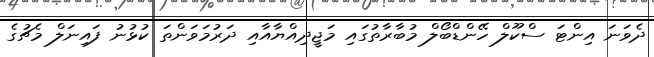
ދެވަނަ އިންޓަ ސްކޫލް ހޭންޑްބޯލް މުބާރާތުގައި މަޖީދިއްޔާއާއި ދަރުމަވަންތަ ކުުޅުނު ފައިނަލް މެޗުގެ